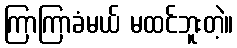
ကြာကြာခံမယ် မထင်ဘူးတဲ့။